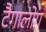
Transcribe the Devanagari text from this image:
टैगालोग